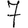
Digit: 7